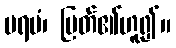
ပရမံ၊ မြတ်၏ဟူ၍။